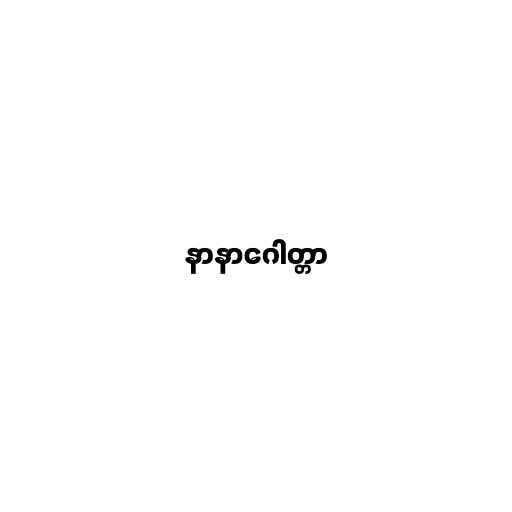
နာနာဂေါတ္တာ